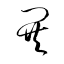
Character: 鬨